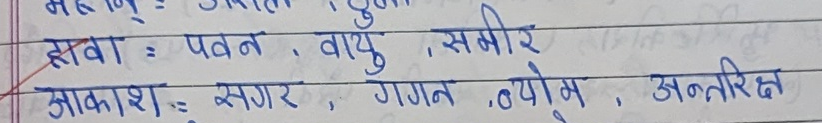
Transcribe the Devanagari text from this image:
हवा : पवन , वायु , समीर
आकाश : सगर , गगन , व्योम , अंतरिक्ष